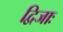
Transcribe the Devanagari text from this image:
द्विजाः